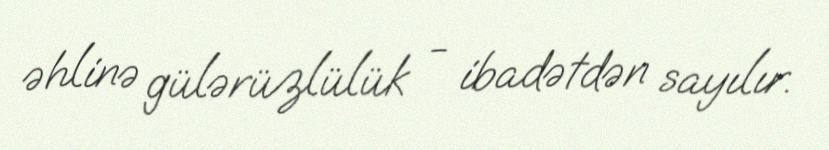
əhlinə gülərüzlülük - ibadətdən sayılır.